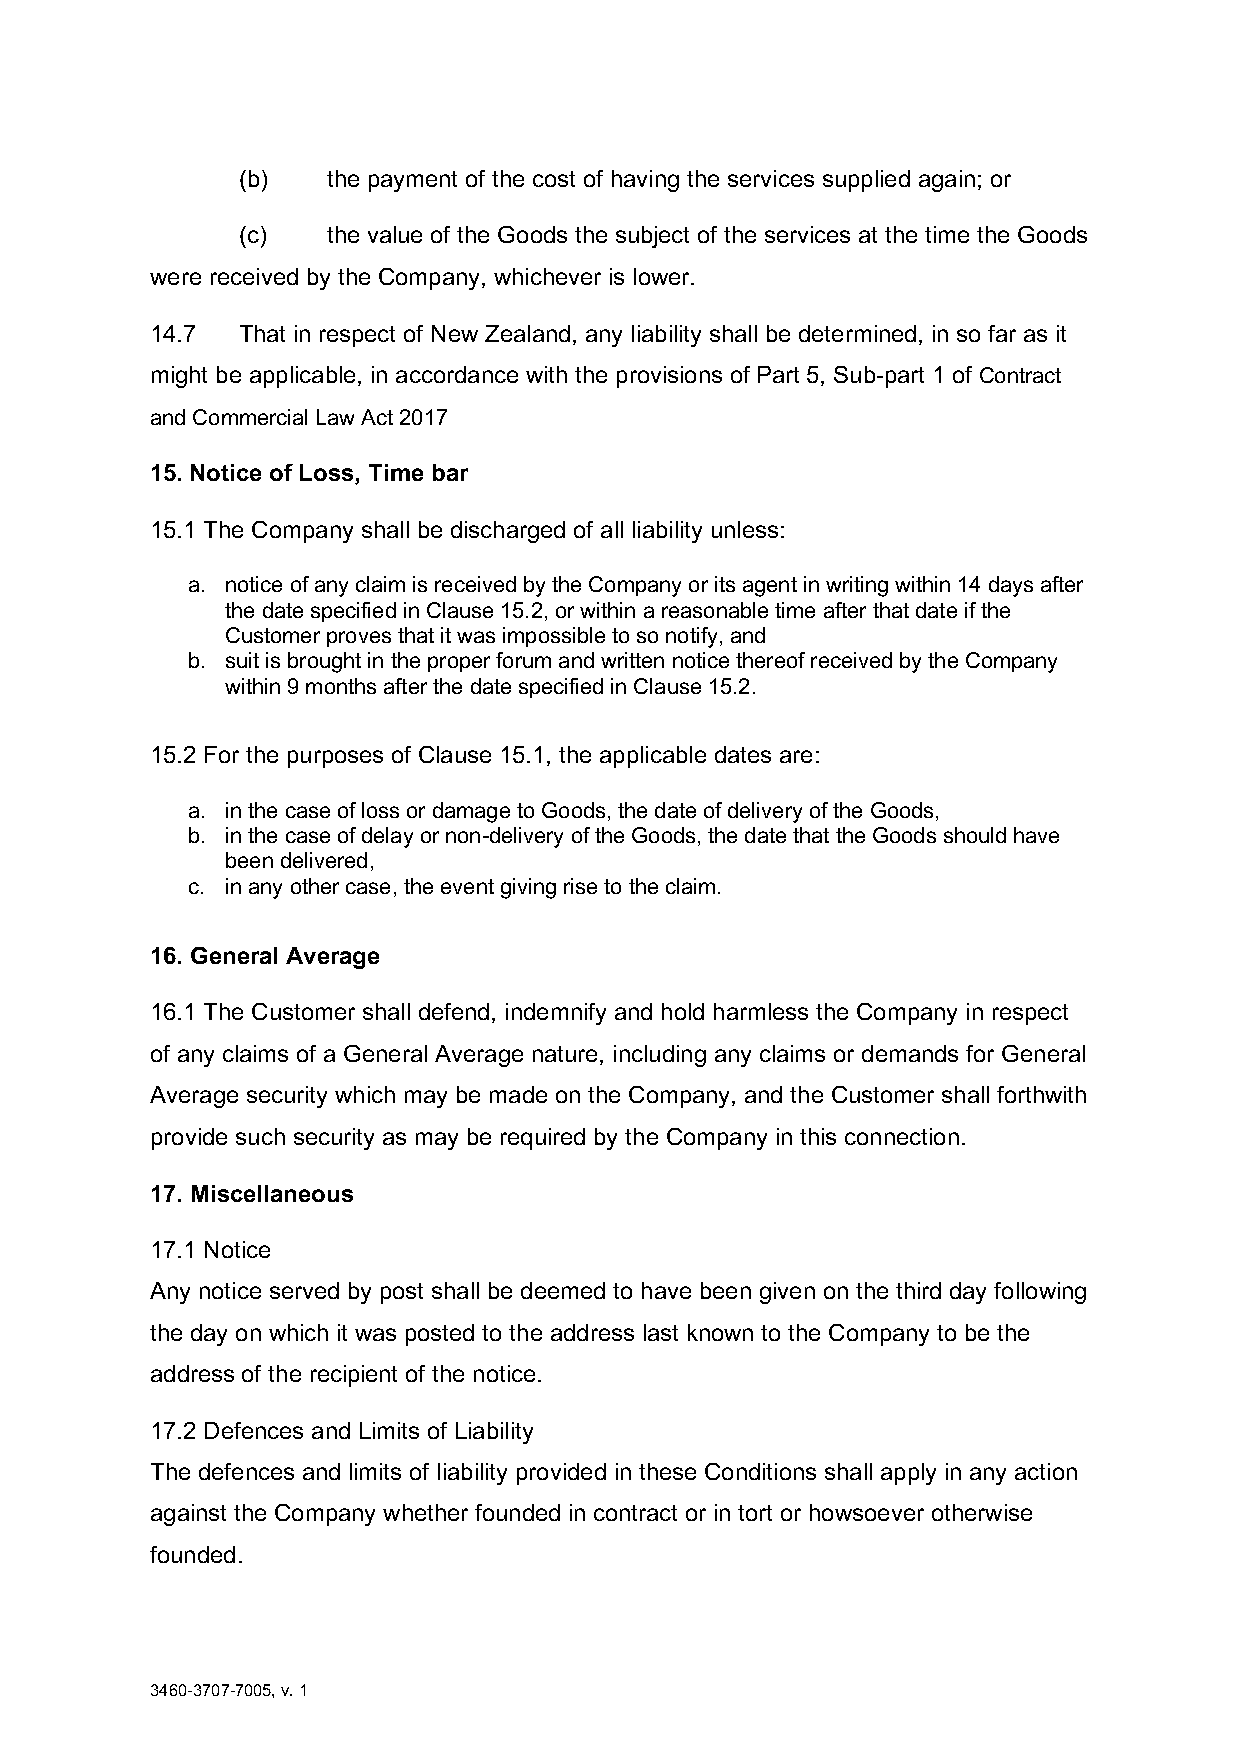
(b)   the payment of the cost of having the services supplied again; or
 (c)   the value of the Goods the subject of the services at the time the Goods
 were received by the Company, whichever is lower.
 14.7  That in respect of New Zealand, any liability shall be determined, in so far as it
 might be applicable, in accordance with the provisions of Part 5, Sub-part 1 of Contract
 and Commercial Law Act 2017
 15. Notice of Loss, Time bar
 15.1 The Company shall be discharged of all liability unless:
 a. notice of any claim is received by the Company or its agent in writing within 14 days after
 the date specified in Clause 15.2, or within a reasonable time after that date if the
 Customer proves that it was impossible to so notify, and
 b. suit is brought in the proper forum and written notice thereof received by the Company
 within 9 months after the date specified in Clause 15.2.
 15.2 For the purposes of Clause 15.1, the applicable dates are:
 a. in the case of loss or damage to Goods, the date of delivery of the Goods,
 b. in the case of delay or non-delivery of the Goods, the date that the Goods should have
 been delivered,
 c. in any other case, the event giving rise to the claim.
 16. General Average
 16.1 The Customer shall defend, indemnify and hold harmless the Company in respect
 of any claims of a General Average nature, including any claims or demands for General
 Average security which may be made on the Company, and the Customer shall forthwith
 provide such security as may be required by the Company in this connection.
 17. Miscellaneous
 17.1 Notice
 Any notice served by post shall be deemed to have been given on the third day following
 the day on which it was posted to the address last known to the Company to be the
 address of the recipient of the notice.
 17.2 Defences and Limits of Liability
 The defences and limits of liability provided in these Conditions shall apply in any action
 against the Company whether founded in contract or in tort or howsoever otherwise
 founded.
 3460-3707-7005, v. 1